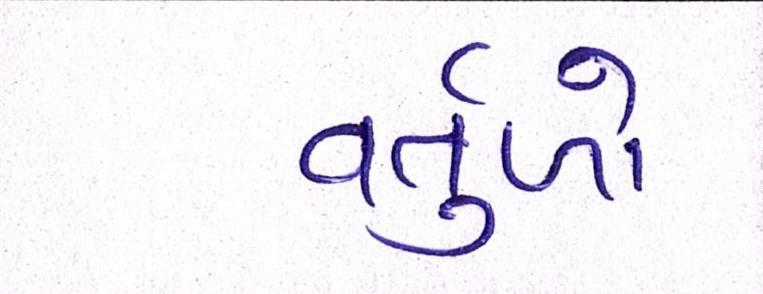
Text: વર્તુળો